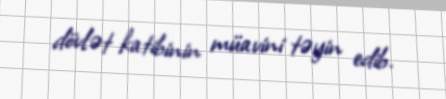
dövlət katibinin müavini təyin edib.